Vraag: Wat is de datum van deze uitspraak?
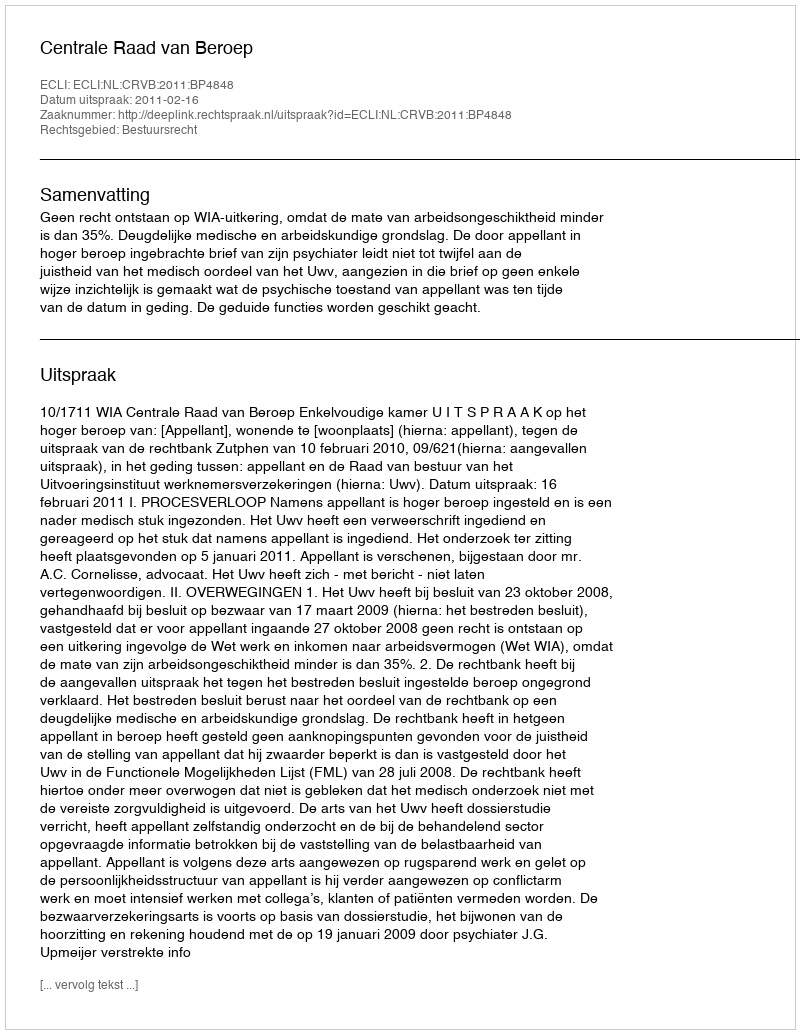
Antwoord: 2011-02-16